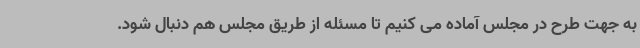
به جهت طرح در مجلس آماده می کنیم تا مسئله از طریق مجلس هم دنبال شود.